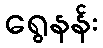
ရွေနန်း